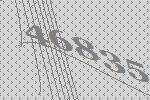
46835